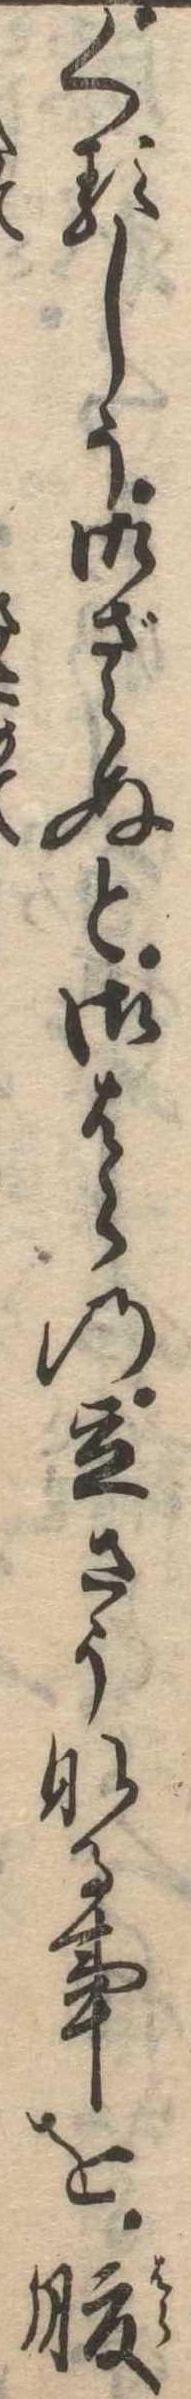
くるしう御ざらぬと御はらの立さうなる事を腹